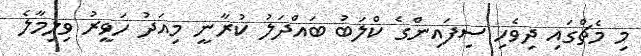
މި މެޗްގައި ދިވެހި ސިފައިންގެ ކްލަބު ބައްދަލު ކުރާނީ މިއަދު ހަވީރު ވިލިމާލެ